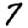
Digit: 7